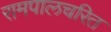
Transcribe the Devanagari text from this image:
रामपालचरित